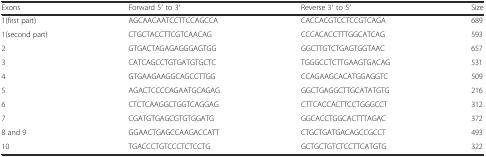
| Exons | Forward 5′ to 3′ | Reverse 3′ to 5′ | Size |
 | --- | --- | --- | --- |
 | 1(first part) | AGCAACAATCCTTCCAGCCA | CACCACGTCCTCCGTCAGA | 689 |
 | 1(second part) | CTGCTACCTTCGTCAACAG | CCCACACCTTTGGCATCAG | 593 |
 | 2 | GTGACTAGAGAGGGAGTGG | GGCTTGTCTGAGTGGTAAC | 657 |
 | 3 | CATCAGCCTGTGATGTGCTC | TGGGCCTCTTGAAGTGACAG | 531 |
 | 4 | GTGAAGAAGGCAGCCTTGG | CCAGAAGCACATGGAGGTC | 509 |
 | 5 | AGACTCCCCAGAATGCAGAG | GGCTGAGGCTTGCATATGTG | 216 |
 | 6 | CTCTCAAGGCTGGTCAGGAG | CTTCACCACTTCCTGGGCCT | 312 |
 | 7 | CGATGTGAGCGTGTGGATG | GGCACCTGGCACTTTAGAC | 372 |
 | 8 and 9 | GGAACTGAGCCAAGACCATT | CTGCTGATGACAGCCGCCT | 493 |
 | 10 | TGACCCTGTCCCTCTCCTG | GCTGCTGTCTCCTTCATGTG | 322 |